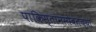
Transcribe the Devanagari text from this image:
पाकिस्तानसोबतच्या